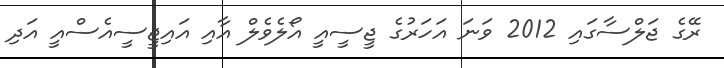
ރޭގެ ޖަލްސާގައި 2012 ވަނަ އަހަރުގެ ޖީސީއީ އޯލެވެލް އާއި އައިޖީސީއެސްއީ އަދި